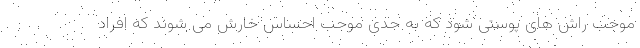
موجب راش های پوستی شود که به حدی موجب احساس خارش می شوند که افراد